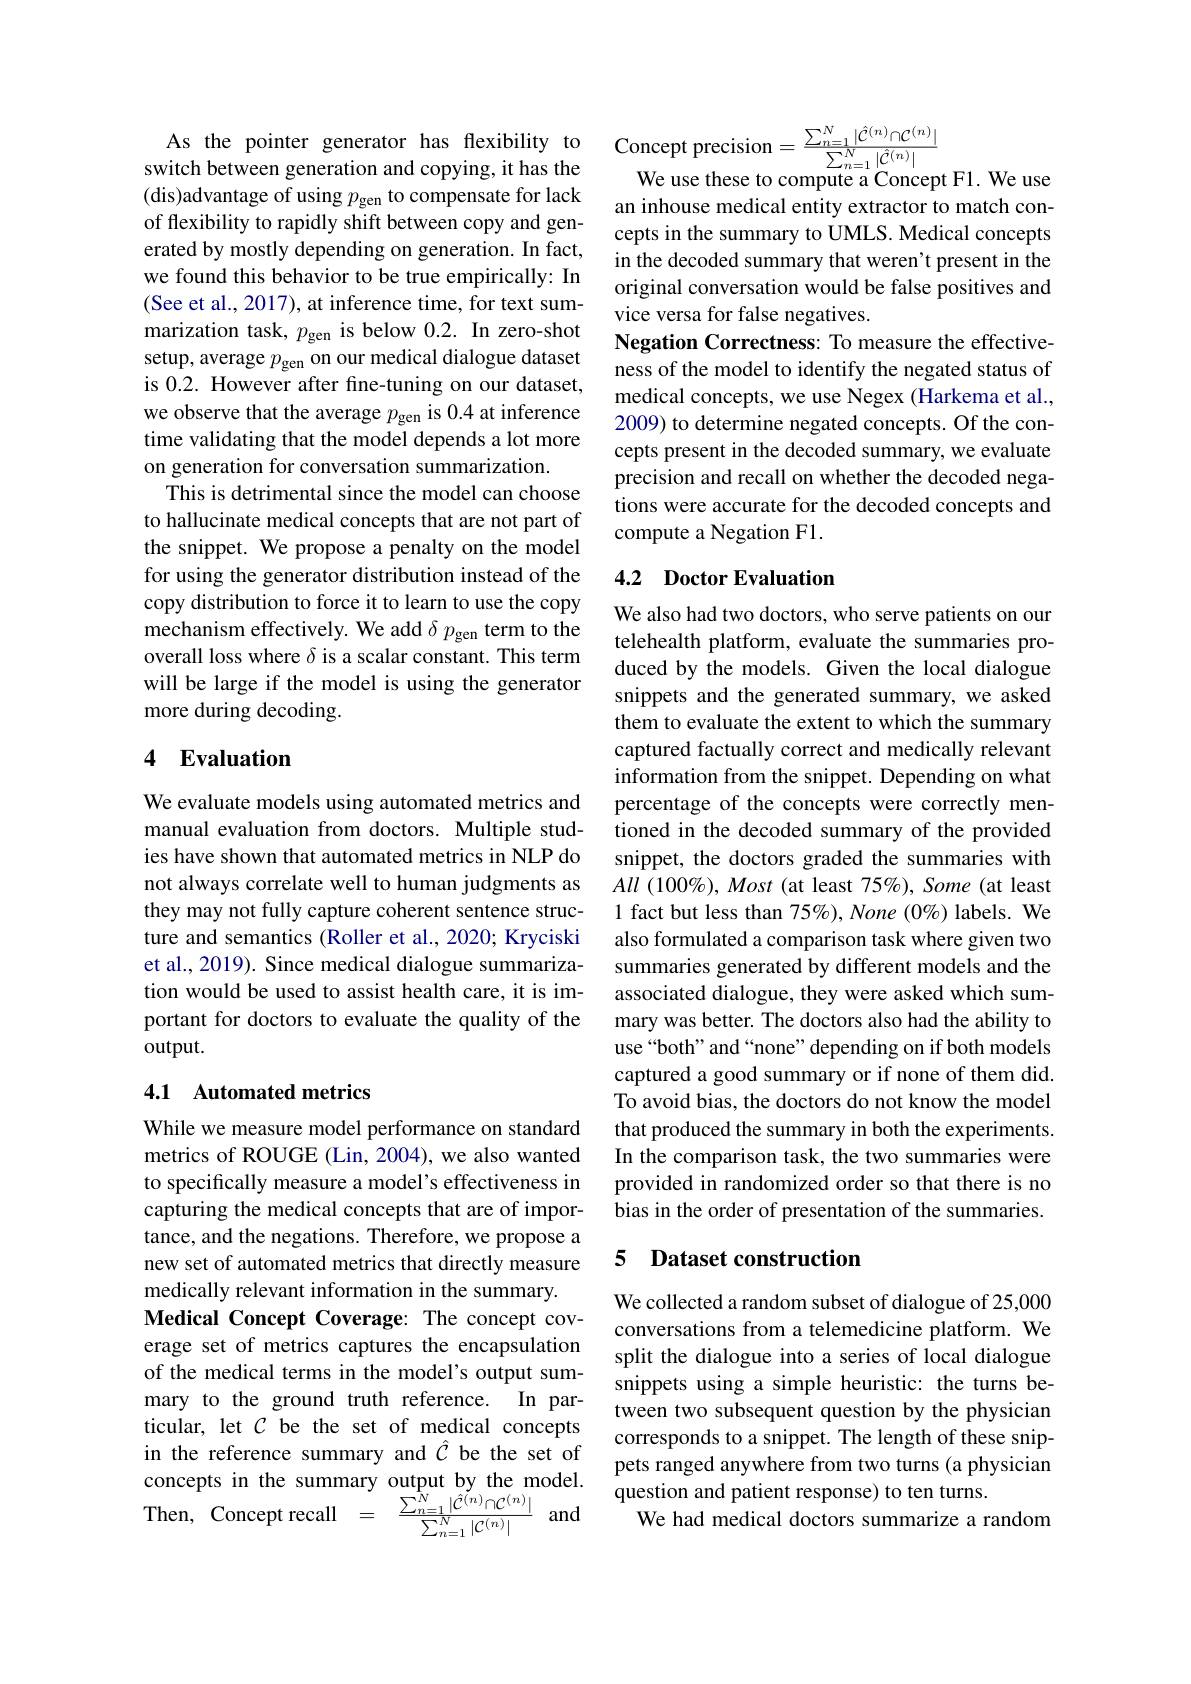
switch between generation and copying, it has the (dis)advantage of using $p_\mathrm{gen}$ to compensate for lack of flexibility to rapidly shift between copy and generated by mostly depending on generation. In fact, we found this behavior to be true empirically: In (See et al., 2017), at inference time, for text summarization task, $p_{\mathrm{gen}}$ is below 0.2. In zero-shot setup, average $p_\mathrm{gen}$ on our medical dialogue dataset is 0.2. However after fne-tuning on our dataset, we observe that the average $p_\mathrm{gen}$ is 0.4 at inference time validating that the model depends a lot more on generation for conversation summarization.
This is detrimental since the model can choose to hallucinate medical concepts that are not part of the snippet. We propose a penalty on the model for using the generator distribution instead of the copy distribution to force it to learn to use the copy mechanism effectively. We add $\delta p_\mathrm{gen}$ term to the overall loss where $\delta$ is a scalar constant. This term will be large if the model is using the generator more during decoding.

## 4 Evaluation

We evaluate models using automated metrics and manual evaluation from doctors. Multiple studies have shown that automated metrics in NLP do not always correlate well to human judgments as they may not fully capture coherent sentence structure and semantics (Roller et al., 2020; Kryciski et al., 2019). Since medical dialogue summarization would be used to assist health care, it is important for doctors to evaluate the quality of the $output.$

## 4.1 Automated metrics

While we measure model performance on standard metrics of ROUGE (Lin, 2004), we also wanted to specifically measure a model's effectiveness in capturing the medical concepts that are of importance, and the negations. Therefore, we propose a new set of automated metrics that directly measure medically relevant information in the summary.
Medical Concept Coverage: The concept coverage set of metrics captures the encapsulation of the medical terms in the model's output summary to the ground truth reference. In particular, let $C$ be the set of medical concepts in the reference summary and $\hat{C}$ be the set of concepts in the summary output by the model. ${\mathrm{Then,~Concept~recall}}{{}={{{\frac{\sum_{n=1}^{N}|\hat{\mathcal{C}}^{(n)}\cap\mathcal{C}^{(n)}|}{\sum_{n=1}^{N}|\mathcal{C}^{(n)}|}}}}{{}{}}\:{\mathrm{and}}}$

As the pointer generator has flexibility to Concept precision$=\frac{\sum_{n=1}^{N}|\hat{\mathcal{C}}^{(n)}\cap\mathcal{C}^{(n)}|}{\sum_{n=1}^{N}|\hat{\mathcal{C}}^{(n)}|}$
We use these to compute a Concept F1. We use

an inhouse medical entity extractor to match concepts in the summary to UMLS. Medical concepts in the decoded summary that weren't present in the original conversation would be false positives and vice versa for false negatives.
Negation Correctness: To measure the effectiveness of the model to identify the negated status of medical concepts, we use Negex (Harkema et al., 2009) to determine negated concepts. Of the concepts present in the decoded summary, we evaluate precision and recall on whether the decoded negations were accurate for the decoded concepts and compute a Negation F1.

## 4.2 Doctor Evaluation

We also had two doctors, who serve patients on our telehealth platform, evaluate the summaries produced by the models. Given the local dialogue snippets and the generated summary, we asked them to evaluate the extent to which the summary captured factually correct and medically relevant information from the snippet. Depending on what percentage of the concepts were correctly mentioned in the decoded summary of the provided snippet, the doctors graded the summaries with $All~(100\%),~Most~($at least 75%), Some (at least 1 fact but less than 75%), None (0%) labels. We also formulated a comparison task where given two summaries generated by different models and the associated dialogue, they were asked which summary was better. The doctors also had the ability to use“both”and“none” depending on if both models captured a good summary or if none of them did. To avoid bias, the doctors do not know the model that produced the summary in both the experiments In the comparison task, the two summaries were provided in randomized order so that there is no bias in the order of presentation of the summaries.

### 5 Dataset construction

We collected a random subset of dialogue of 25,000 conversations from a telemedicine platform. We split the dialogue into a series of local dialogue snippets using a simple heuristic: the turns between two subsequent question by the physician corresponds to a snippet. The length of these snippets ranged anywhere from two turns (a physician question and patient response) to ten turns.
We had medical doctors summarize a random